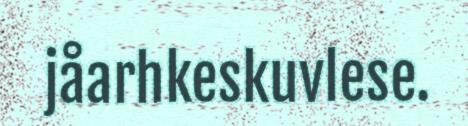
jåarhkeskuvlese.